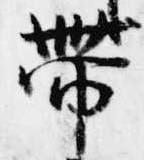
帯